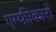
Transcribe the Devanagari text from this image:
एम्फीकारों